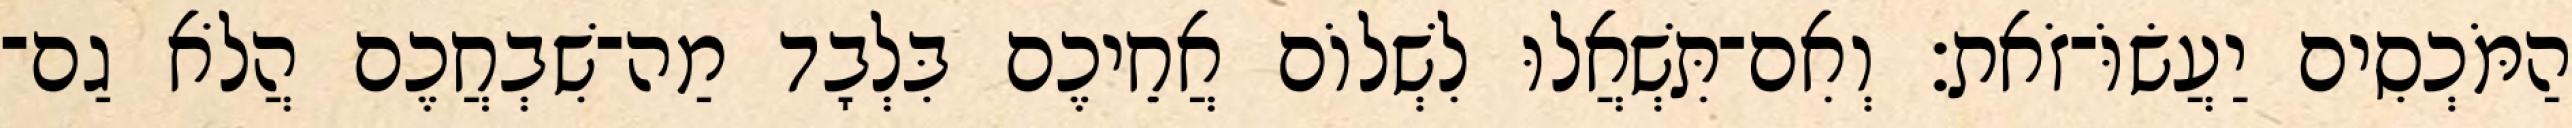
הַמֹּכְסִים יַעֲשׂוֹּ־זֹאת׃ וְאִם־תִּשְׁאֲלוּ לִשְׁלוֹם אֲחֵיכֶם בִּלְבָד מַה־שִׁבְחֲכֶם הֲלֹא גַם־